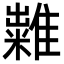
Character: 𥽀